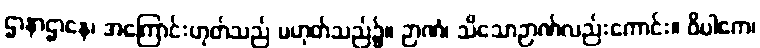
ဌာနာဌာနေ၊ အကြောင်းဟုတ်သည် မဟုတ်သည်၌။ ဉာဏံ၊ သိသောဉာဏ်လည်းကောင်း။ ဝိပါကေ၊